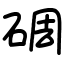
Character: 碉